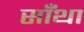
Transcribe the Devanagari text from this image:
साँथा